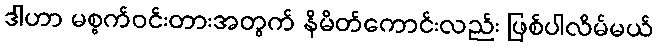
ဒါဟာ မစ္စက်ဝင်းတားအတွက် နိမိတ်ကောင်းလည်း ဖြစ်ပါလိမ်မယ်